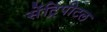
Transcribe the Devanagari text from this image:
सेंट्रिपीटल